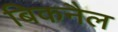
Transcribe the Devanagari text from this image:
बिकनैल